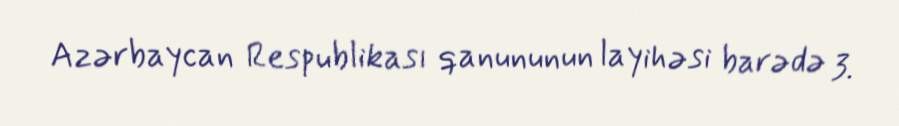
Azərbaycan Respublikası qanununun layihəsi barədə 3.